Kaarli_(Someru)_vallavalitsus, lk 19
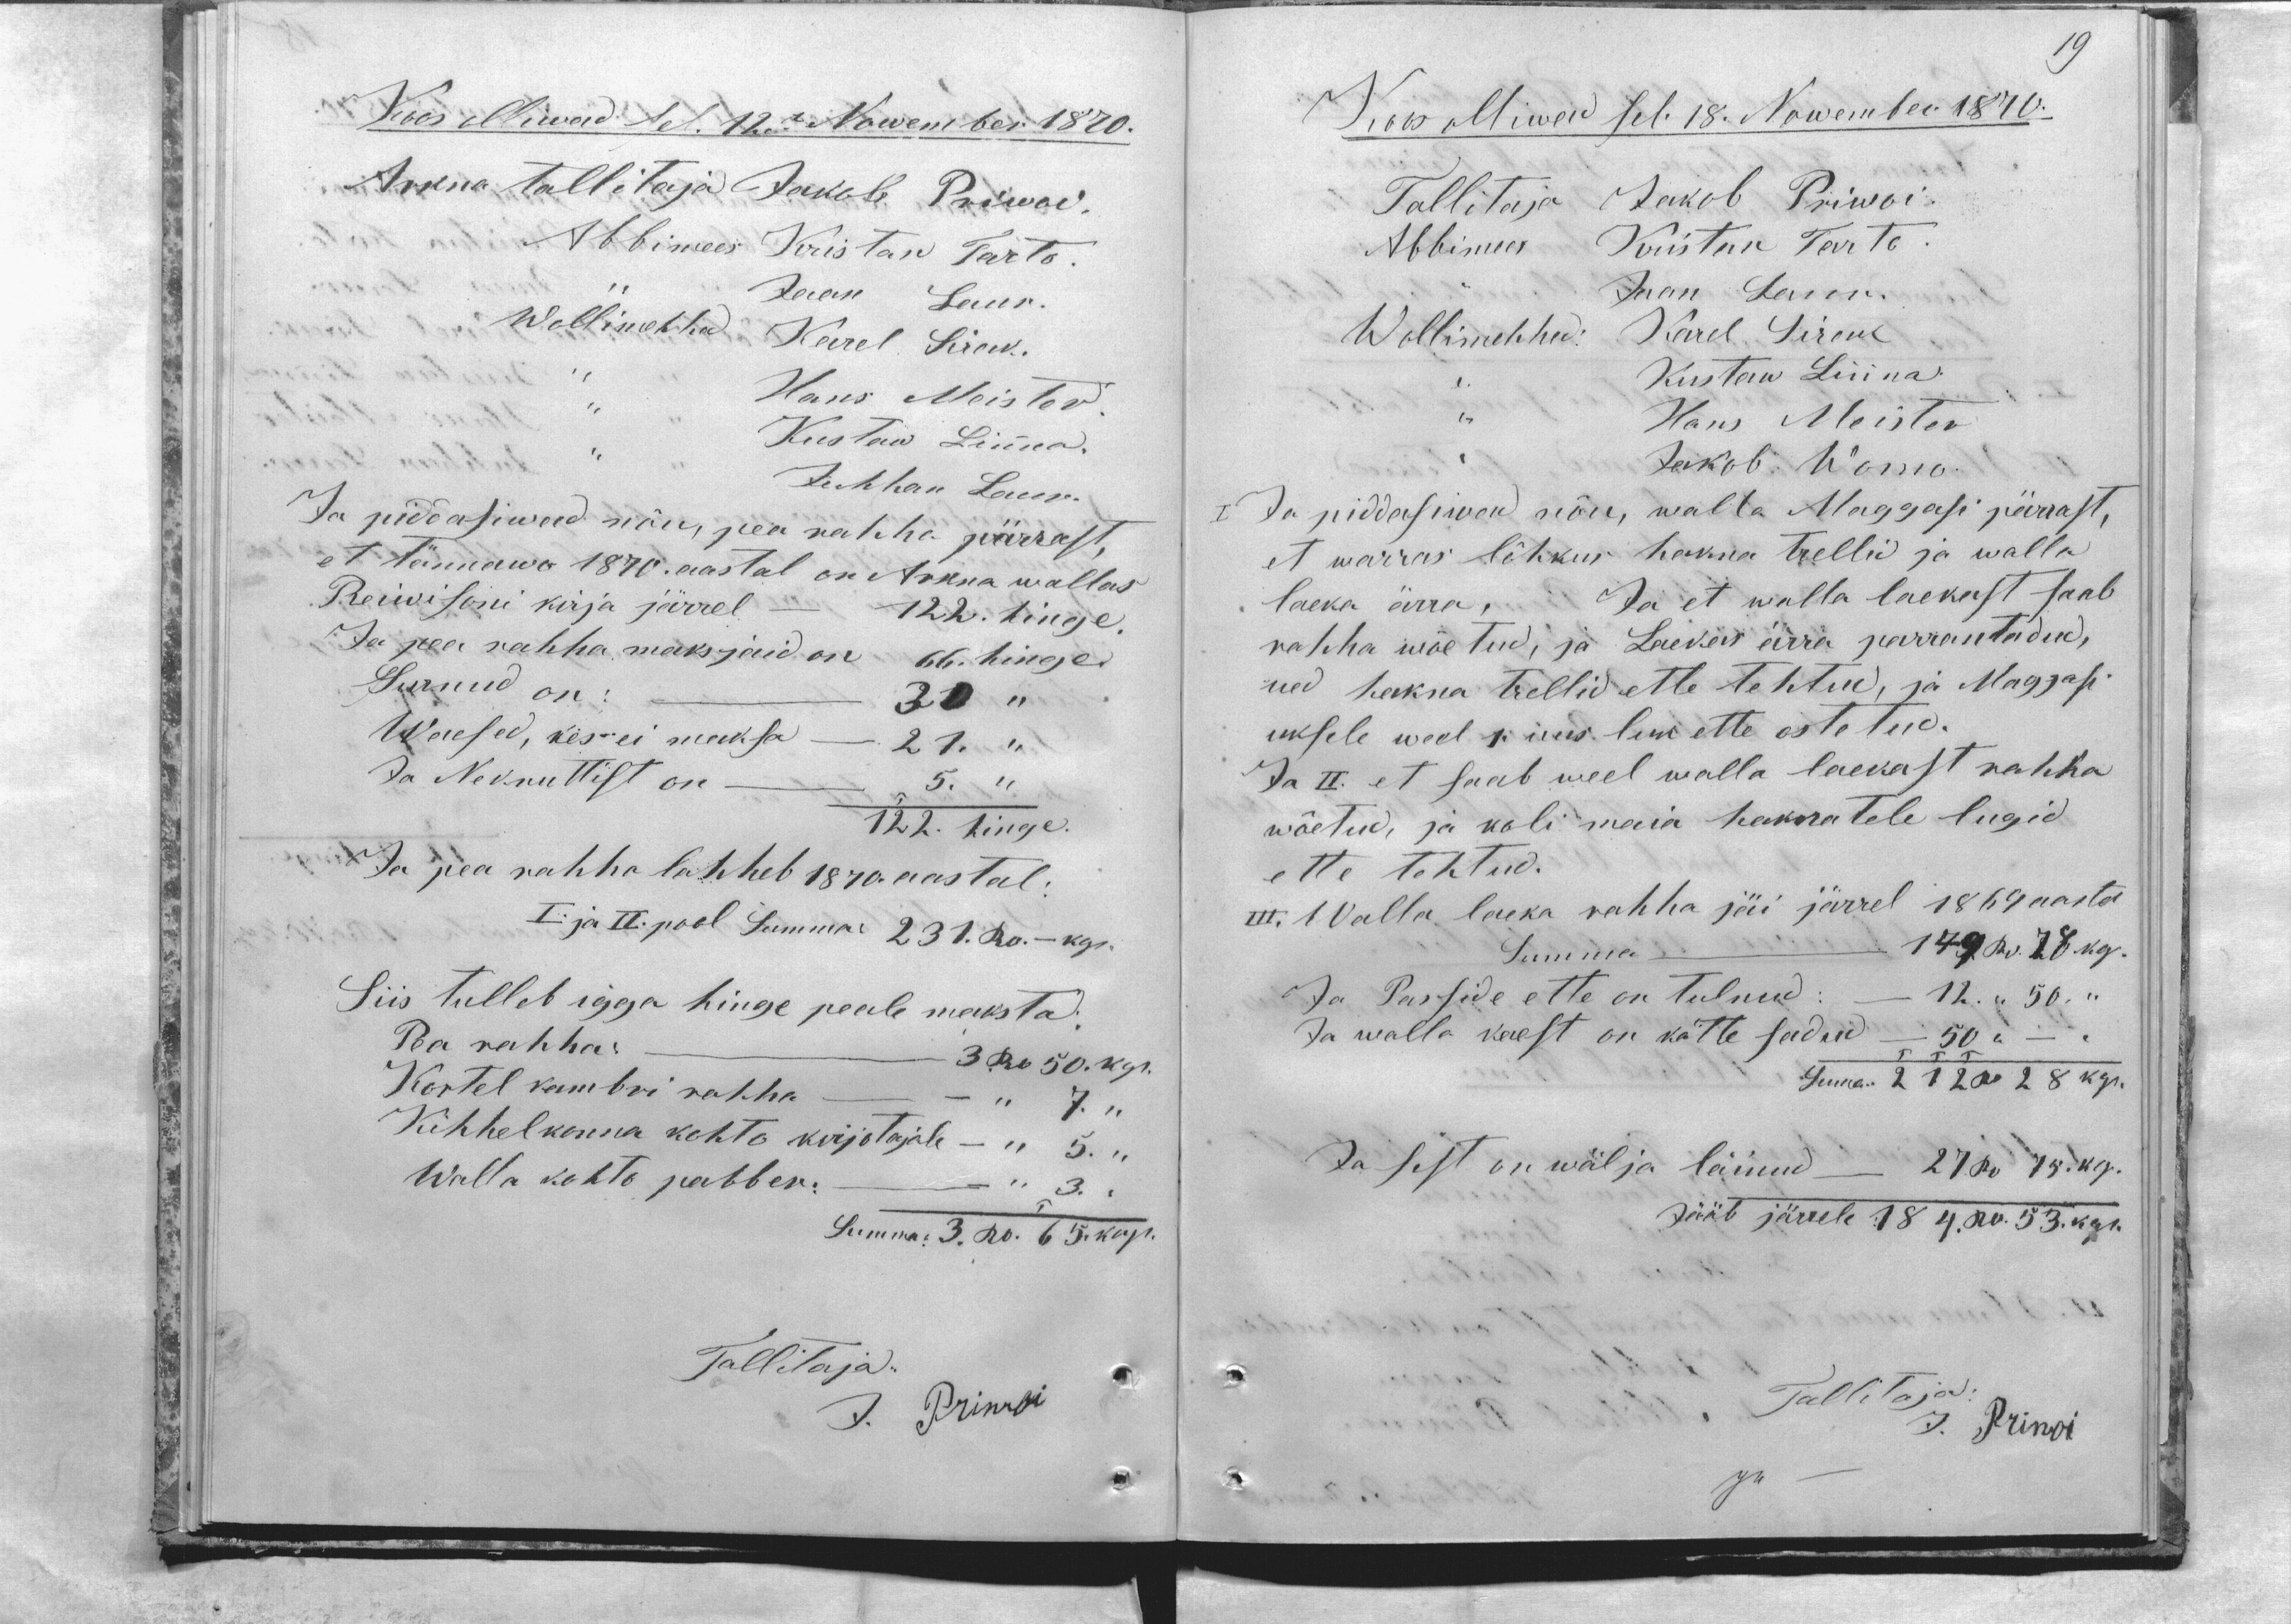
Koos olliwad sel. 12.t Nowember 1870.
Arkna tallitaja Jakob Priwoi.
Abbimees Kristan Tarto.
,, Jaan Laur.
Wollimehhed: Karel Sirak.
,, Hans Meister.
,, Kustaw Linna.
,, Juhhan Laur.
Ja piddasiwad nõu, pea rahha pärrast,
et tännawo 1870. aastal on Arkna wallas
Reiwisoni kirja järrel - 122. hinge.
Ja pea rahha maksjaid on 66. hinge.
Surnud on: -  30 ,,
Waesed, kes ei maksa - 21. ,,
Ja Nekruttist on - 5. ,,
122. hinge.
Ja pea rahha lahheb 1870. aastal:
I. ja II. pool Summa: 231. Ro.- kop.
Siis tulleb igga hinge peale maksta:
Pea rahha: - 3. Ro 50. kop.
Kortel kambri rahha - - ,,  7. ,,
Kihhelkonna kohto kirjotajale - ,, 5. ,,
Walla kohto pabber: - - ,, 3. ,,
Summa: 3. Ro. 65. kop.
Tallitaja:
J. Priwoi

19
Koos olliwad sel. 18. Nowember 1870.
Tallitaja Jakob Priwoi.
Abbimees Kristan Tarto.
,, Jaan Laur.
Wollimehhed: Karel Sirak
,, Kustaw Linna.
,, Hans Meister
,, Jakob Wõrno.
I Ja piddasiwad nõu, walla Maggasi pärrast,
et warras lõhkus hakna trellid ja walla
laeka ärra, Ja et walla laekast saab
rahha wõetud, ja Laekas ärra parrantadud,
ned hakna trellid ette tehtud, ja Maggasi
uksele weel 1. uus luk ette ostetud.
Ja II. et saab weel walla laekast rahha
wõetud, ja koli maia haknatele lugid
ette tehtud.
III. Walla laeka rahha jäi järrel 1869 aasta
Summa - 149 Ro. 78 kop.
Ja Passide ette on tulnud: - 12. ,, 50. ,,
Ja walla kaest on kätte sadud - 50 ,, - ,,
Summa: 212 Ro 28 kop.
Ja sest on wälja läinud - 27 Ro 75. kop.
Jääb järrele 184. Ro. 53. kop.
Tallitaja
J. Priwoi